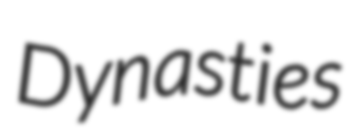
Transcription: Dynasties